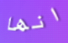
انها